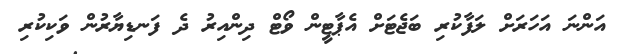
އަންނަ އަހަރަށް ލަފާކުރި ބަޖެޓަށް އެޕާޓީން ވޯޓް ދިންއިރު ދެ ފަނޑިޔާރުން ވަކިކުރި